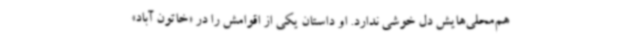
هم‌محلی‌هایش دل خوشی ندارد. او داستان یکی از اقوامش را در «خاتون آباد»